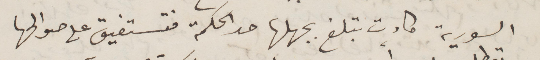
السورية كادت تبلغ بجهلها حد الحكمة فتستفيق على صوالحها